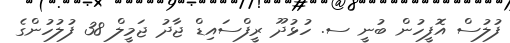
ފުލުސް އޮފީހުން ބުނީ ސ. ހުޅުދޫ ރީފްސައިޑް ޖާދު ޖަމީލް 38 ފުލުހުންގެ